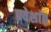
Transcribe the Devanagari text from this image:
प्रवेशांत